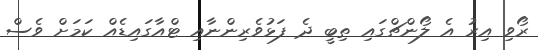
ރޯވި އިރު އެ ލޯންޗްގައި ތިބީ ދެ ފަޅުވެރިންނާއި ޓްއާގައިޑެއް ކަމަށް ވެސް